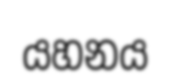
යහනය